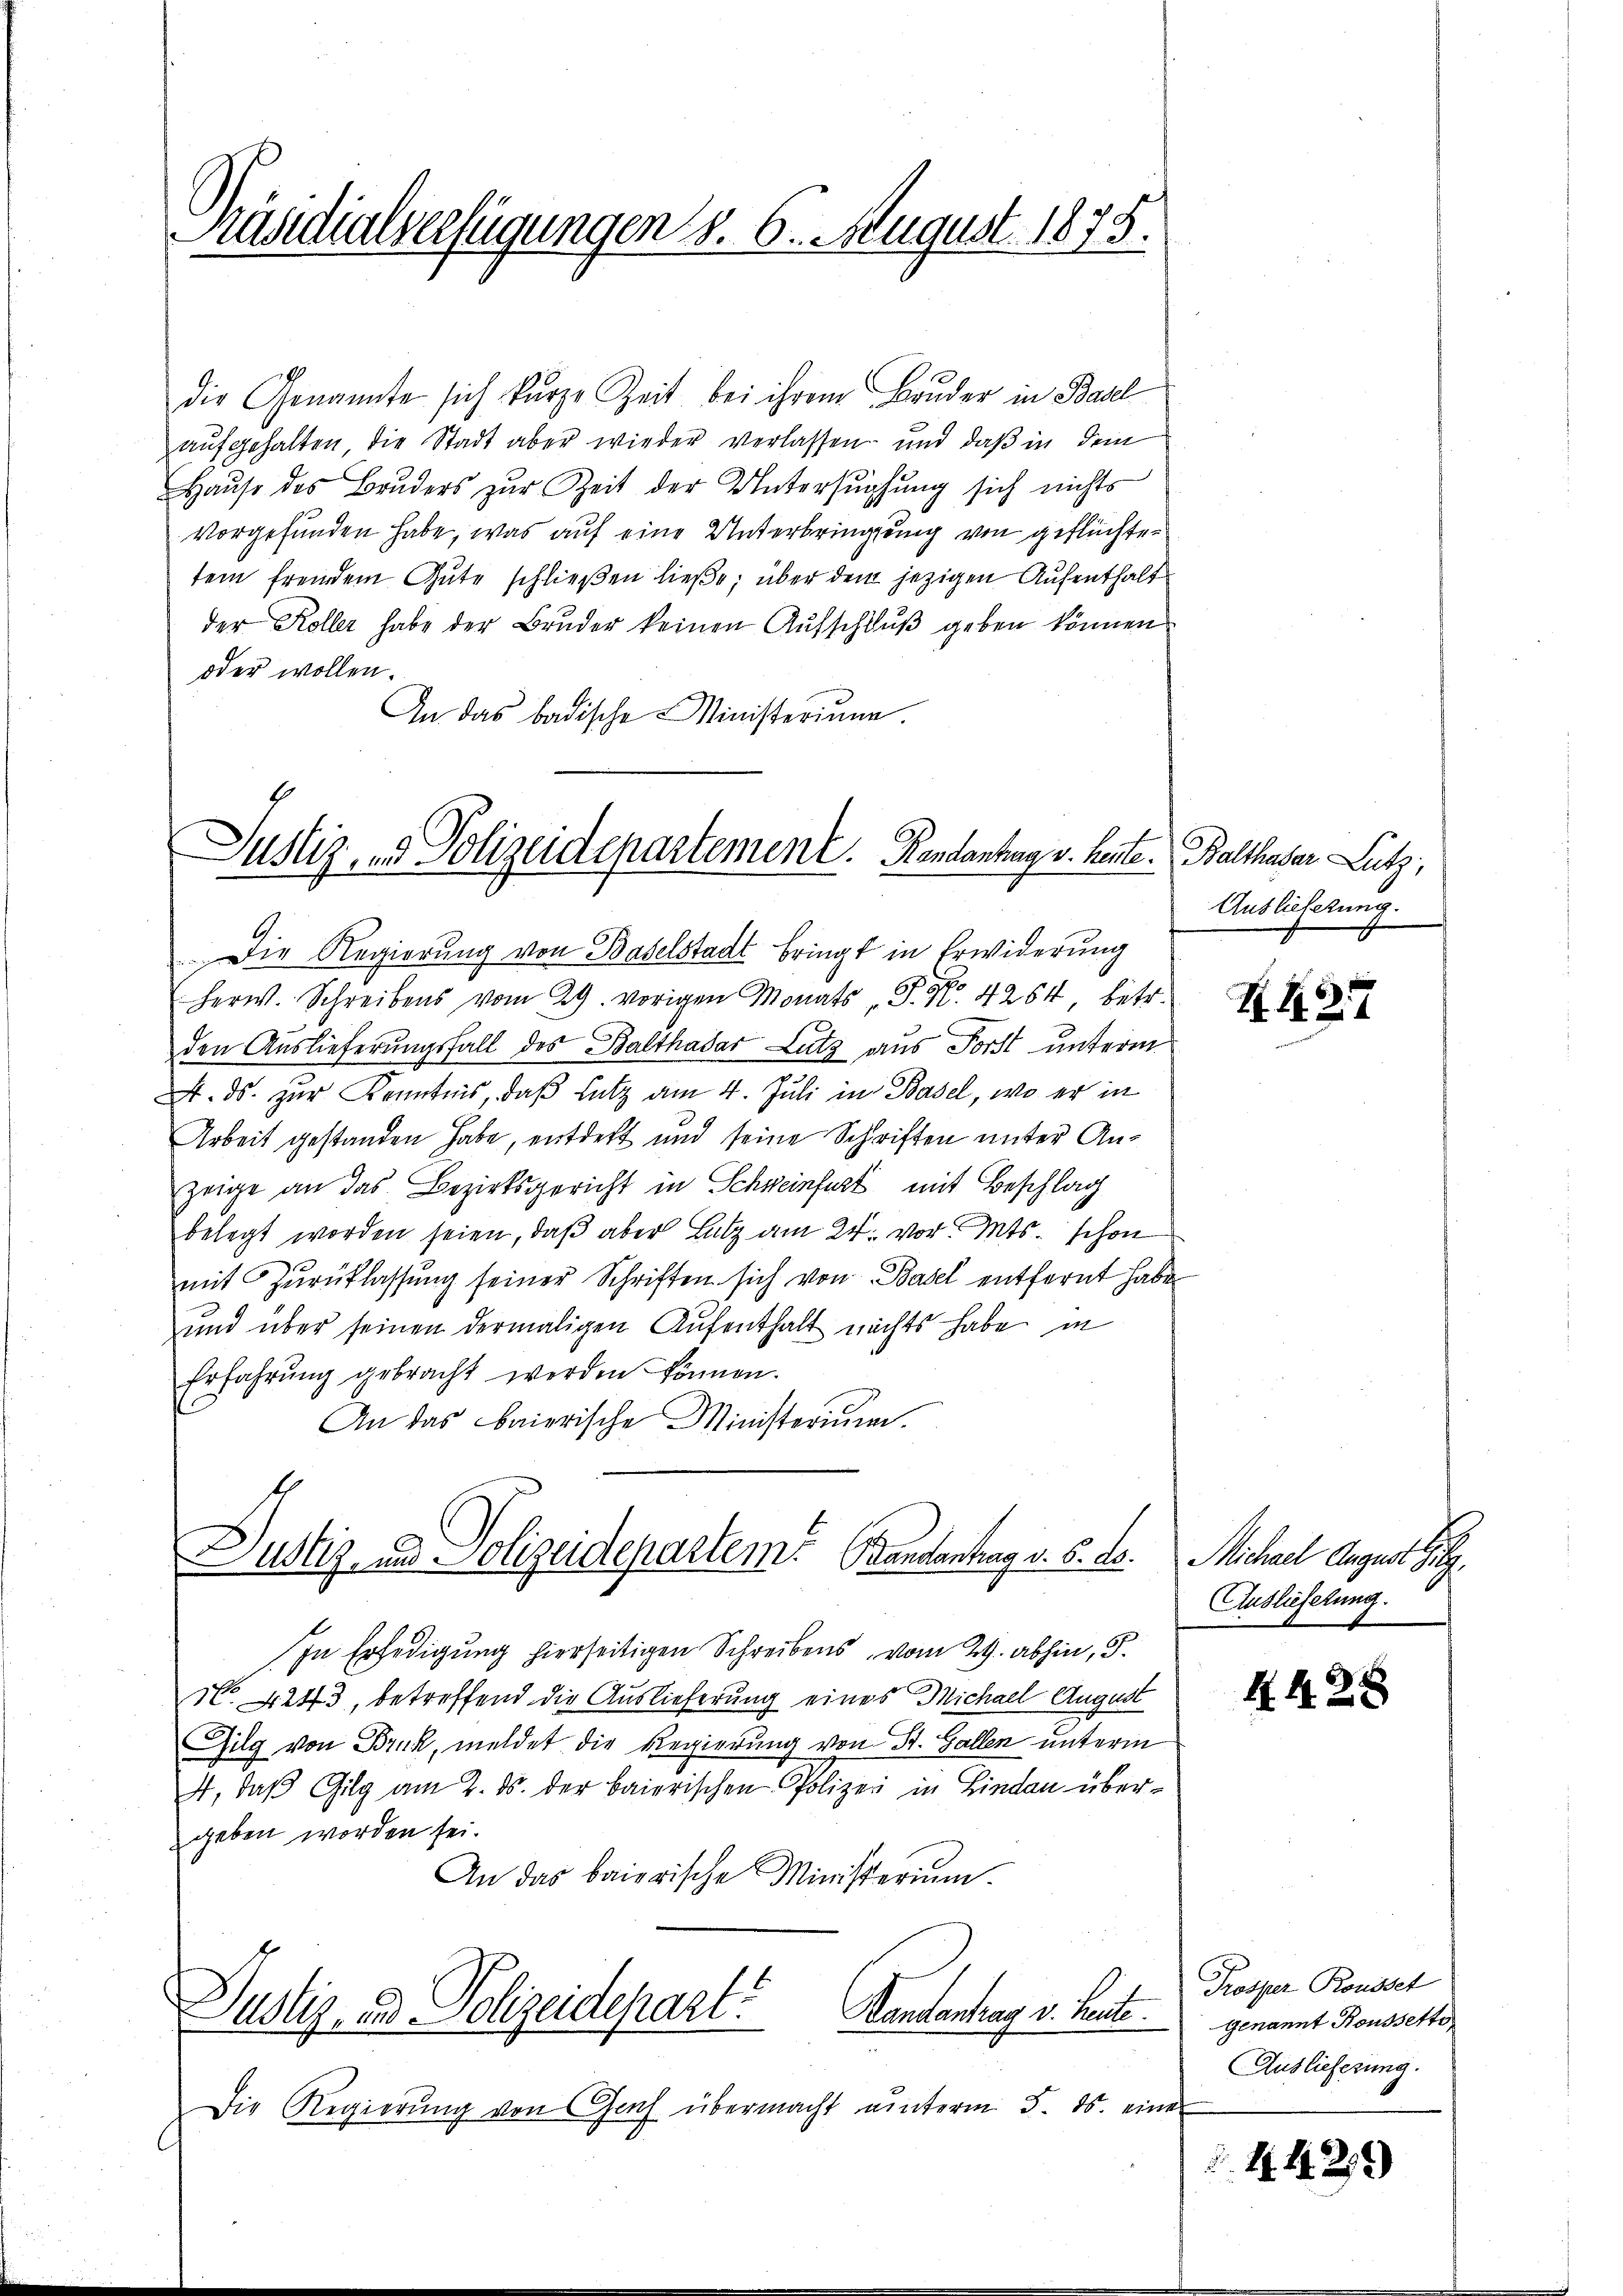
Präsidialverfügungen d. 6. August 1875.

die Genannte sich kurze Zeit bei ihrem Bruder in Basel
aufgehalten die Stadt aber wieder verlassen und daß in dem
Haŭse des Bruders zur Zeit der Untersuchung sich nichts
vorgefunden habe, was auf eine Unterbringung von geflüchtetem fremdem Gute schließen ließe; über dem jezigen Aufenthalt
der Koller habe der Bruder keinen Aufschluß geben können
oder wollen.
An das badische Ministerium.
Die Regierung von Baselstadt bringt in Erwiderung
Herw. Schreibens vom 29. vorigen Monats P. Nr. 4264, betr.
den Auslieferungsfall des Balthasar Lutz aus Forst unterm
A. ds. zur Kenntnis, daß Lutz am 4. Juli in Basel, wo er in
Arbeit gestanden habe, entdekt und seine Schriften unter Anzeige an das Bezirksgericht in Schweinfast mit Beschlag
belegt worden seien, daß aber Latz am 24. vor. Mts. schon
mit Zurücklassung seiner Schriften sich von Basel entfernt habe
und über seinen dermaligen Aufenthalt nichts habe in
Erfahrŭng gebracht werden können.
An das Baierische Ministerium.
Justiz- und Polizeidepartem Bandantrag v. 5. ds.
In Erledigung hierseitigen Schreibens vom 29. abhin, S.
N° 4243, betreffend die Auslieferung eines Michael August
Gilg von Bruck, meldet die Regierung von St. Gallen unterm
A, daβ Gilg am 2. ds. der baierischen Polizei in Lindau übergeben worden sei.
An das baierische Ministerium
Vandantrag v. heute
Justiz- und Polizeidepart.
Die Regierŭng von Gas übermacht unterm 5. ds. eine

Justiz- & Polizeidepartement. Kandantag v. heute. Balthaber Lutz;

Auslieferung.

S.427

E
Michael August jilg.
Auslieferung.

4. 428

Prosper Rousset
genannt Roussette
Auslieferung.

§. 1. 429)